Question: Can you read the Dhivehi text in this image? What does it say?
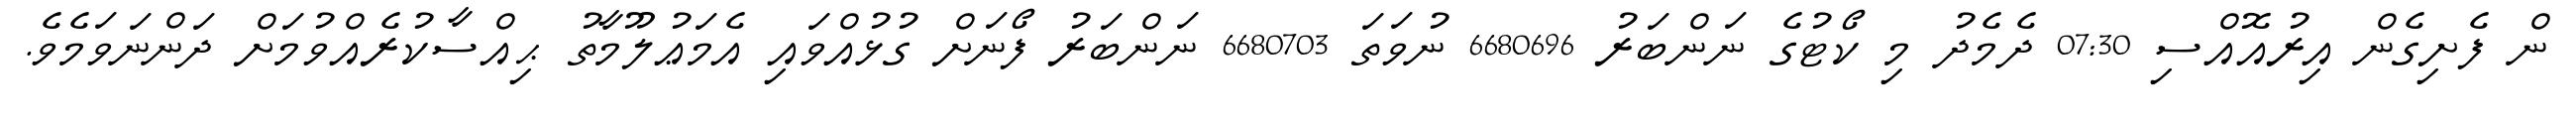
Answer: ން ފެށިގެން އިރުއޮއްސި 07:30 ދެމެދު މި ކޯޓުގެ ނަންބަރު 6680696 ނުވަތަ 6680703 ނަންބަރު ފޯނަށް ގުޅުއްވައި އެމަޢުލޫމާތު ޙިއްސާކުރެއްވުމަށް ދަންނަވަމެވެ.